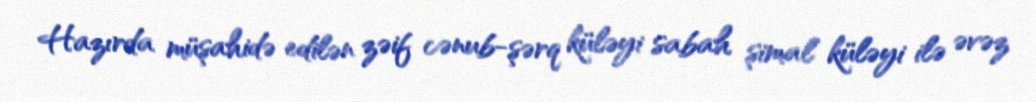
Hazırda müşahidə edilən zəif cənub-şərq küləyi sabah şimal küləyi ilə əvəz